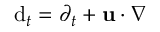
\mathrm d _ { t } = \partial _ { t } + { \bf u } \cdot \nabla